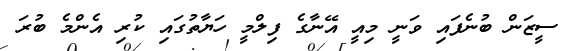
ސީޒަން ބުނެފައި ވަނީ މިއީ އޭނާގެ ފިލްމީ ހަޔާތުގައި ކުރި އެންމެ ބުރަ